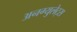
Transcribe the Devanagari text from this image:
अनग्युलेट्स